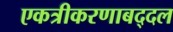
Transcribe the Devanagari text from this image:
एकत्रीकरणाबद्दल